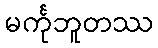
မင်္ကုဘူတဿ